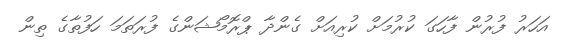
އަހަރު ފުރުން ފާހަގަ ކުރުމަށް ކުރިއަށް ގެންދާ ޕްރޮމޯޝަންގެ ފުރަތަމަ ހަފުތާގެ ތިން